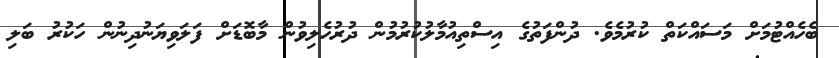
ބެހެއްޓުމަށް މަސައްކަތް ކުރުމެވެ. ދުންފަތުގެ އިސްތިއުމާލުކުރުމުން ދުރުހެލިވުން މާބޮޑަށް ފަލަވިޔަނުދިނުން ހަކުރު ބަލި